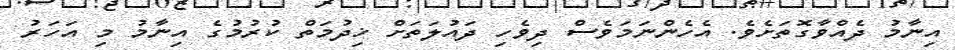
އިނާމު ދެއްވާގޮތަށެވެ. އެހެންނަމަވެސް ދިވެހި ދައުލަތަށް ޚިދުމަތް ކުރުމުގެ އިނާމު މި އަހަރު